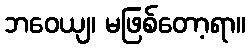
ဘဝေယျ၊ မဖြစ်တော့ရာ။